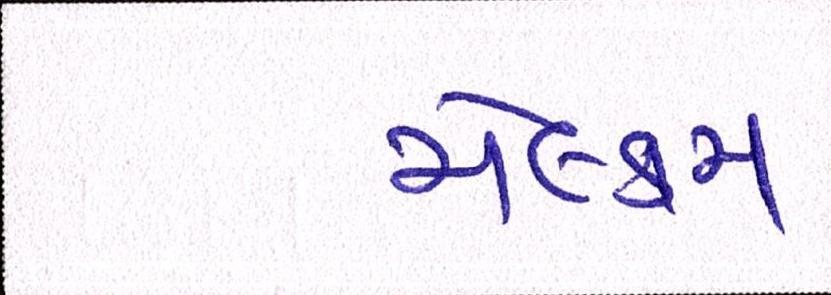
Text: મેલ્કમ